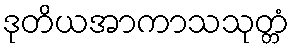
ဒုတိယအာကာသသုတ္တံ